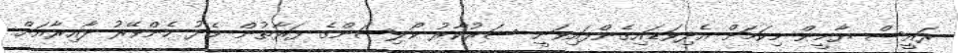
ރައީސް ޔާމީން މިކަމަށް އެދިވަޑައިގެންފައިވަނީ ސަރުކާރު ކޯލިޝަންގެ ފަރާތުން މެދު ހެންވޭރު ދާއިރާއަށް